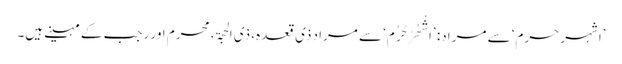
’اشہر حرم‘ سے مراد: ’اَشْھُرُ حُرُم‘ سے مراد ذی قعدہ، ذی الحجۃ، محرم اور رجب کے مہینے ہیں۔